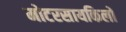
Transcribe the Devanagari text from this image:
मोटरसायकिलों